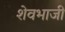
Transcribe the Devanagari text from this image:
शेवभाजी